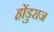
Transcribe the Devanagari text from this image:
होंडुराज